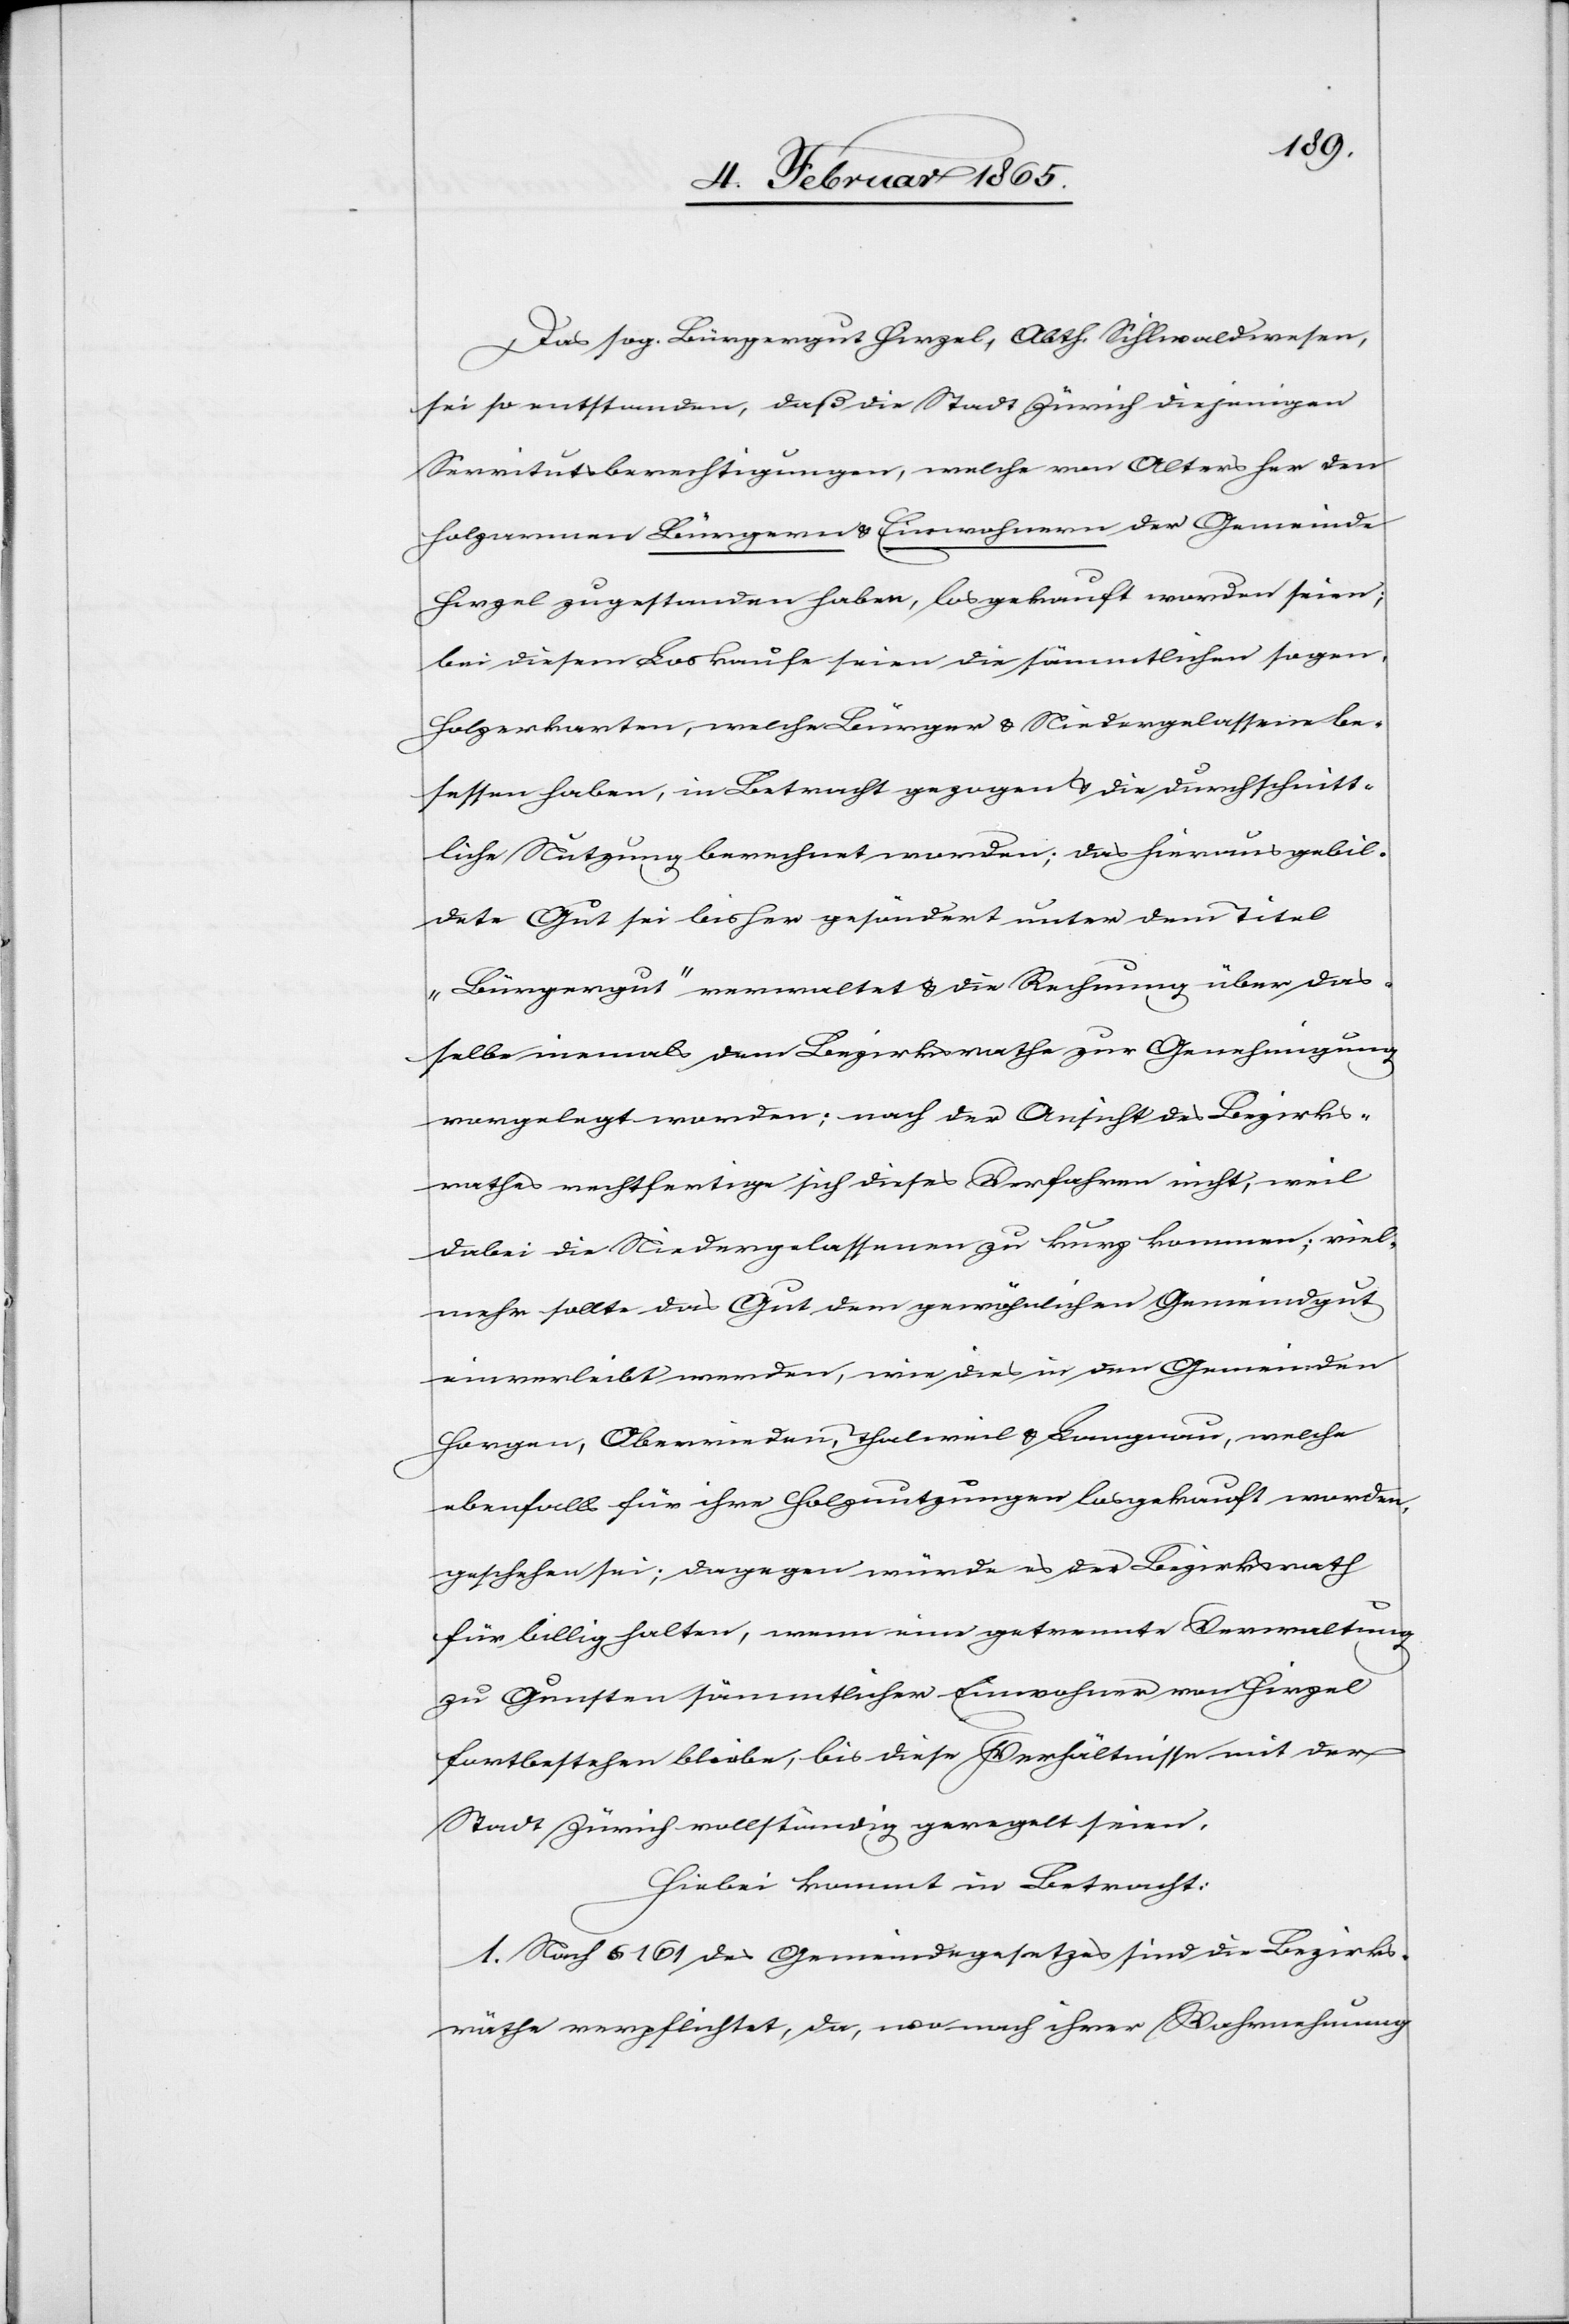
Das sog. Bürgergut Hirzel, Abth. Silhwaldwesen,
sei so entstanden, daß die Stadt Zürich diejenigen
Servitutsberechtigungen, welche von Alters her den
holzarmen Bürgern u. Einwohnern der Gemeinde
Hirzel zugestanden haben, losgekauft worden seien;
bei diesem Loskaufe seien die sämmtlichen sogen.
Holzerkarten, welche Bürger u. Niedergelassene be¬
sessen haben, in Betracht gezogen u. die durchschnitt¬
liche Nutzung berechnet worden; das hieraus gebil¬
dete Gut sei bisher gesöndert unter dem Titel
„Bürgergut“ verwaltet u. die Rechnung über das¬
selbe niemals dem Bezirksrathe zur Genehmigung
vorgelegt worden; nach der Ansicht des Bezirks¬
rathes rechtfertige sich dieses Verfahren nicht; weil
dabei die Niedergelassenen zu kurz kommen; viel¬
mehr sollte das Gut dem gewöhnlichen Gemeindgut
einverleibt werden, wie dies in den Gemeinden
Horgen, Oberrieden, Thalweil u. Langnau, welche
ebenfalls für ihre Holznutzungen losgekauft worden,
geschehen sei; dagegen würde es der Bezirksrath
für billig halten, wenn eine getrennte Verwaltung
zu Gunsten sämmtlicher Einwohner von Hirzel
fortbestehen bliebe, bis diese Verhältnisse mit der
Stadt Zürich vollständig geregelt seien.
Hiebei kommt in Betracht:
1. Nach § 161 des Gemeindegesetzes sind die Bezirks¬
räthe verpflichtet, da, wo nach ihrer Wahrnehmung